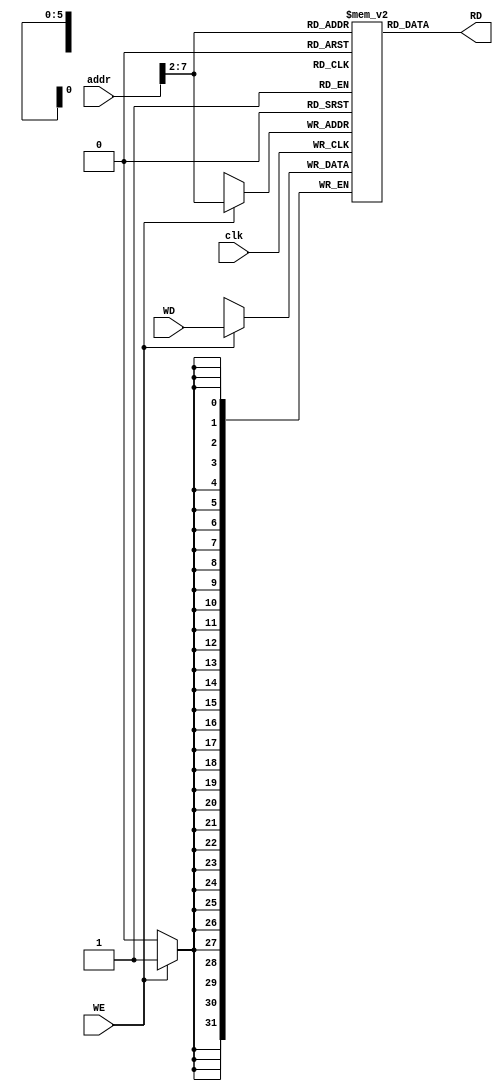
`timescale 1ns/1ps

module data_memory(
    output wire [31:0] RD,
    input wire clk, WE,
    input wire [31:0] addr, WD
);

    reg [31:0] RAM [63:0];

    // Memory read
    assign RD = RAM[addr[31:2]];

    // Memory write
    always @ (posedge clk) 
        begin 
            if (WE) 
                begin 
                    RAM[addr[31:2]] <= WD;
                end
        end

endmodule